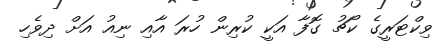
ވިކްޓަރީގެ ކޯޗު ގޮފާ އަކީ ކުރިން ހުރަ އާއި ނިއު އަށް ދިވެހި